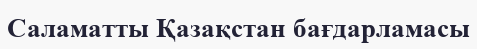
Саламатты Қазақстан бағдарламасы